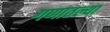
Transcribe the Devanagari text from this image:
गणातल्या